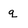
Character: q